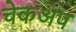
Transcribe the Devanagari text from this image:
चेकअप